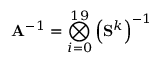
\mathbf { A } ^ { - 1 } = \bigotimes _ { i = 0 } ^ { 1 9 } \left( \mathbf { S } ^ { k } \right) ^ { - 1 }